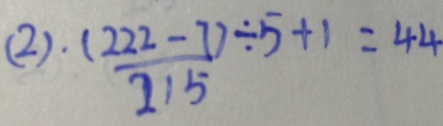
( 2 ) \frac { ( 2 2 2 - 7 ) } { 2 1 5 } \div 5 + 1 = 4 4